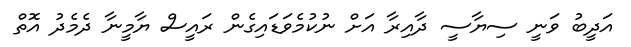
އަދީބު ވަނީ ސިޔާސީ ދާއިރާ އަށް ނުކުމެވަޑައިގެން ރައީސް ޔާމީނާ ދެމެދު އޮތް